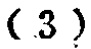
\((3)\)